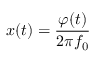
x ( t ) = \frac { \varphi ( t ) } { 2 \pi f _ { 0 } }